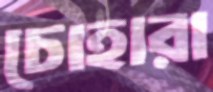
চোহারা